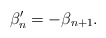
\begin{align*} \beta'_n = -\beta_{n+1}.\end{align*}